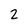
Character: 2